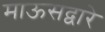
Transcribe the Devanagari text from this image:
माऊसद्वारे